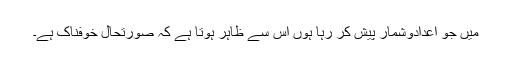
میں جو اعدادوشمار پیش کر رہا ہوں اس سے ظاہر ہوتا ہے کہ صورتحال خوفناک ہے۔